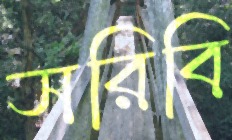
সরিবি